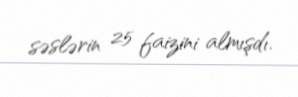
səslərin 25 faizini almışdı.